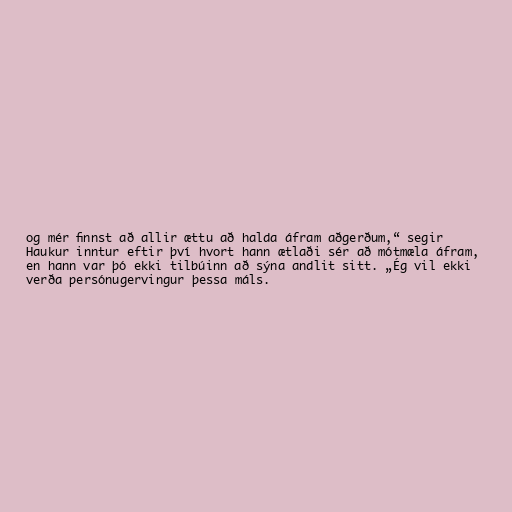
og mér finnst að allir ættu að halda áfram aðgerðum,“ segir
Haukur inntur eftir því hvort hann ætlaði sér að mótmæla áfram,
en hann var þó ekki tilbúinn að sýna andlit sitt. „Ég vil ekki
verða persónugervingur þessa máls.